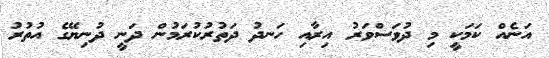
އަނެއް ކަމަކީ މި ދުވަސްވަރު އިރާއި ހަނދު ދަތުރުކުރަމުން ދަނީ ދުނިޔޭގެ އުތުރު